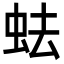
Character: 𧉧